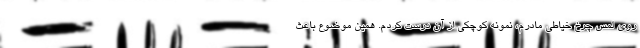
روی لمس چرخ خیاطی مادرم، نمونه کوچکی از آن درست کردم. همین موضوع باعث